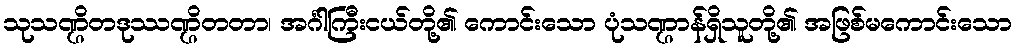
သုသဏ္ဌိတဒုဿဏ္ဌိတတာ၊ အင်္ဂါကြီးငယ်တို့၏ ကောင်းသော ပုံသဏ္ဌာန်ရှိသူတို့၏ အဖြစ်မကောင်းသော